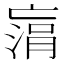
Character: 𠅻